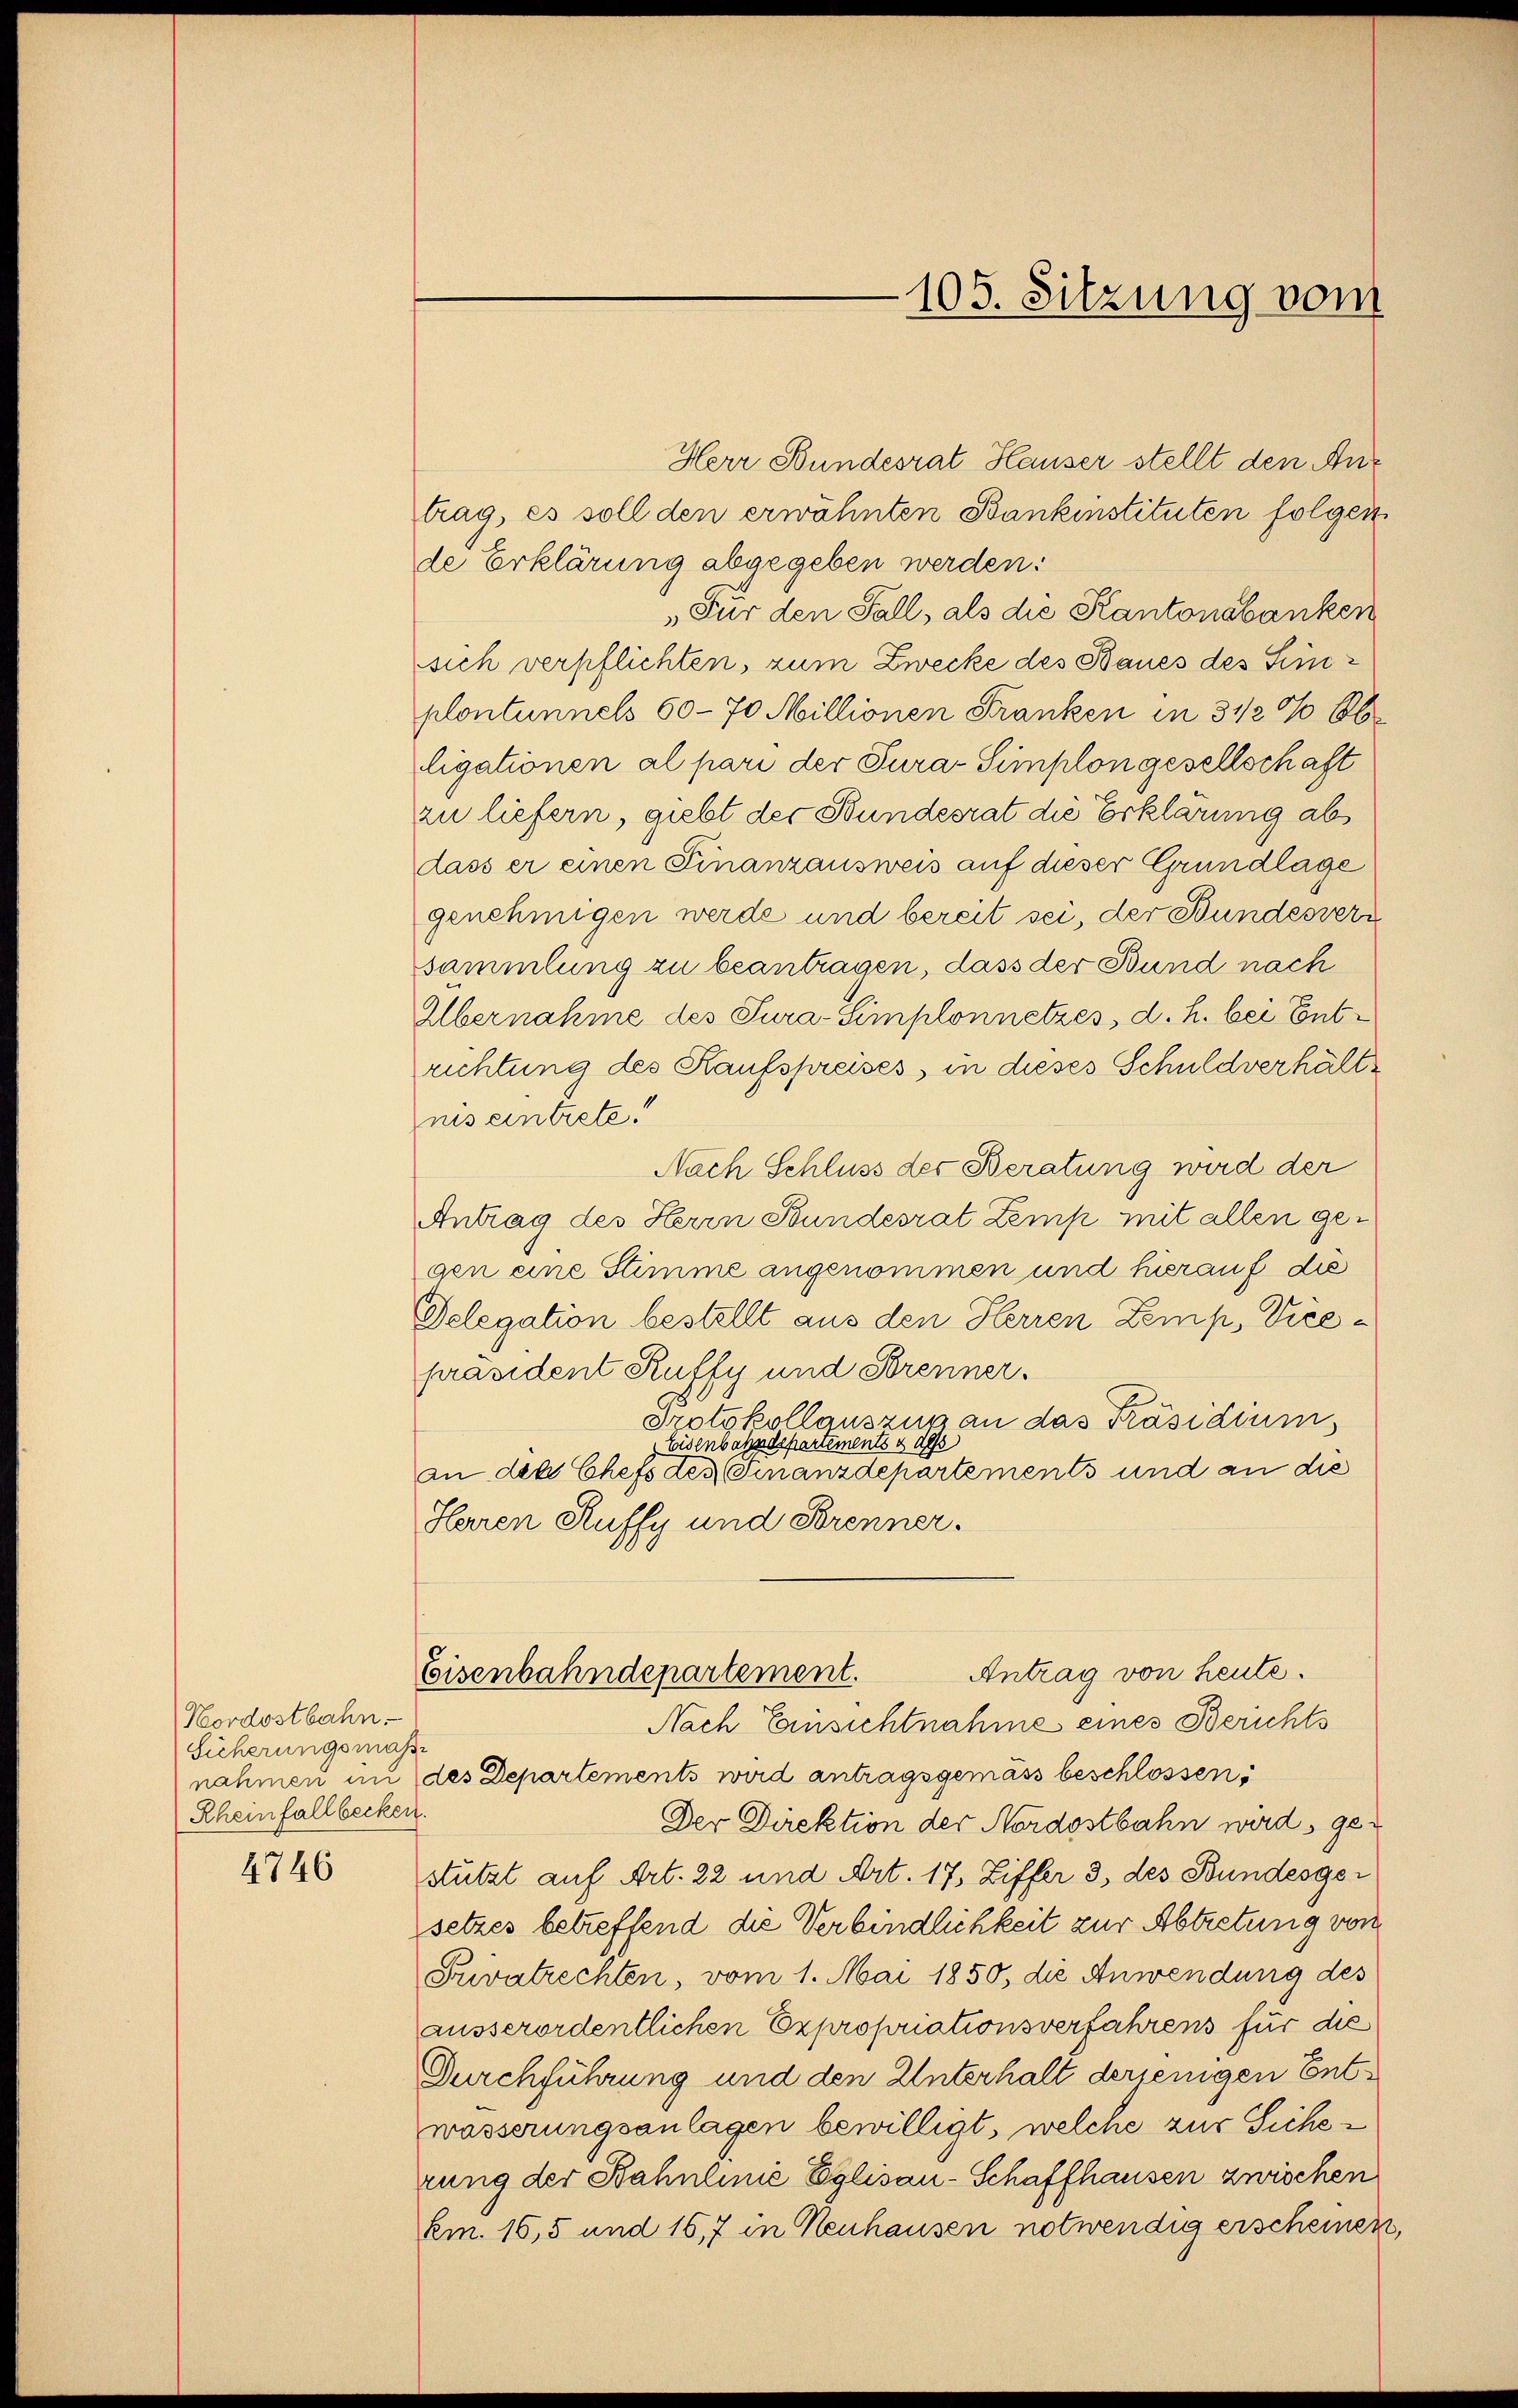
Nordostbahn.
Sicherungsmaj
nahmen an
Rheinfallbecken

4746

Herr Bundesrat Hauser stellt den Antrag, es soll den erwähnten Bankinstituten folgen
de Erklärung abgegeben werden:
„Für den Fall, als die Kantonsbanken
sich verpflichten, zum Zwecke des Baues des Leinplontunnels 60 - 70 Millionen Franken in 3 1/2% 86
ligationen al pari der Tura-Simplon gesellschaft
zu liefern, giebt der Bundesrat die Erklärung ab
dass er einen Finanzausweis auf dieser Grundlage
genehmigen werde und bereit sei, der Bundesver
sammlung zu beantragen, dass der Bund nach
Elbernahme des Tura-Simplonnetzes, d. h. bei Entrichtung des Kaufspreises, in dieses Schuldverhältnis eintrete!
Nach Schluss des Beratung wird der
Antrag des Herrn Bundesrat Zemp mit allen gegen eine Stimme angenommen und hierauf die
Delegation bestellt aus den Herren Lemp, Vicepräsident Ruffy und Brenner.
Protokollauszug an das Präsidium
Eisenbahndepartements u de
an des Chefs des Finanzdepartements und an die
Herren Ruffy und Brenner.
Antrag von heute.
Eisenbahndepartement.
Nach Einsichtnahme eines Berichts
.
des Departements wird antragsgemäss beschlossen:
Der Direktion der Nordostbahn wird, gestutzt auf Art. 22 und Art. 17, Ziffer 3, des Bundesger
setzes betreffend die Verbindlichkeit zur Abtretung von
Fuvatrechten, vom 1. Mai 1850, die Anwendung des
ausserordentlichen Expropriationsverfahrens für die
Durchführung und den Unterhalt derjenigen Entwässerungsanlagen bewilligt, welche zur Sicherung der Bahnlinie Eglisau-Schaffhausen zwischen
km. 16,5 und 16,7 in Neuhausen notwendig erscheinen,

105. Sitzung vom